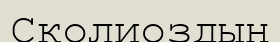
Сколиоздың